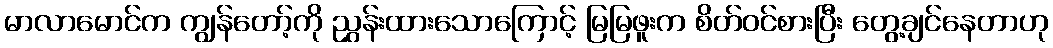
မာလာမောင်က ကျွန်တော့်ကို ညွှန်းထားသောကြောင့် မြမြဖူးက စိတ်ဝင်စားပြီး တွေ့ချင်နေတာဟု